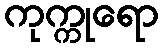
ကုက္ကုရော